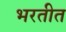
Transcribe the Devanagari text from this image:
भरतीत